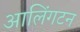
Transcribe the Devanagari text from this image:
आलिंगटन